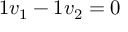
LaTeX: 1 v _ { 1 } - 1 v _ { 2 } = 0